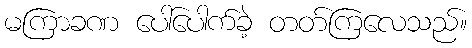
မကြာခဏ ပေါ်ပေါက်ခဲ့ တတ်ကြလေသည်။